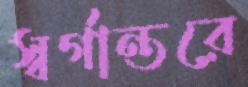
স্বর্গান্তরে